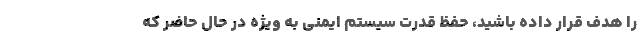
را هدف قرار داده باشید، حفظ قدرت سیستم ایمنی به ویژه در حال حاضر که